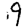
Digit: 9